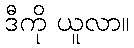
ဒီကို ယူလာ။